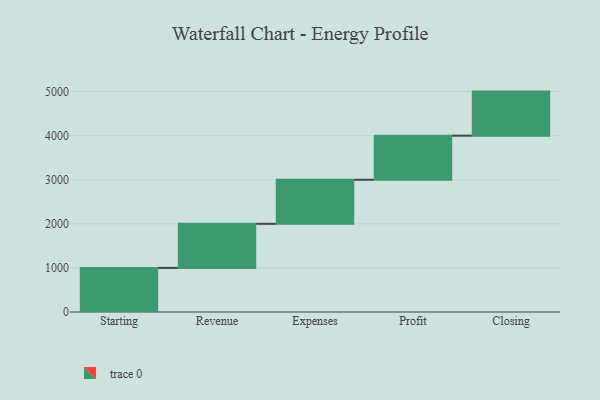
{"axis": {"x": "Step", "y": "Value"}, "legend": [""], "data": [{"x": "Starting", "y": 1000, "type": ""}, {"x": "Revenue", "y": 1000, "type": ""}, {"x": "Expenses", "y": 1000, "type": ""}, {"x": "Profit", "y": 1000, "type": ""}, {"x": "Closing", "y": 1000, "type": ""}]}